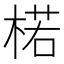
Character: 楉